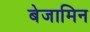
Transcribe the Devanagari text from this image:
बेजामिन